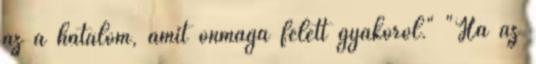
az a hatalom, amit önmaga felett gyakorol." "Ha az